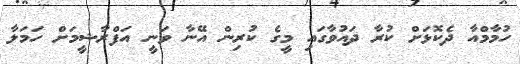
ހުމާމްއާ ދެކޮޅަށް ކުރާ ދައުވާގައި މީގެ ކުރިން އޭނާ ވަނީ އަފްރާޝީމަށް ހަމަލާ